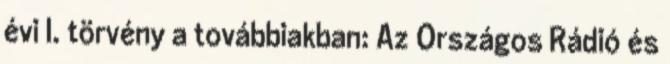
évi I. törvény a továbbiakban: Az Országos Rádió és